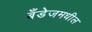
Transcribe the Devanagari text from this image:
बँडेजमधील